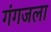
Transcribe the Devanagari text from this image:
गंगजला